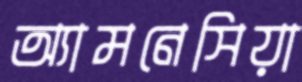
অ্যামনেসিয়া